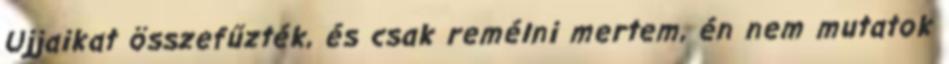
Ujjaikat összefűzték, és csak remélni mertem, én nem mutatok